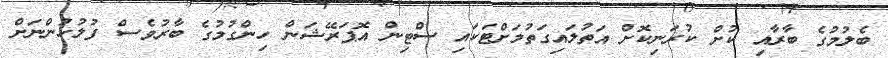
ބެލުމުގެ ބާރާއި ކުށް ކުރަނިކޮށް އަތުލައިގަތުމަށްޓަކައި ސްޓިން އޮޕަރޭޝަން ހިންގުމުގެ ބާރުވެސް ފުލުހުންނަށް